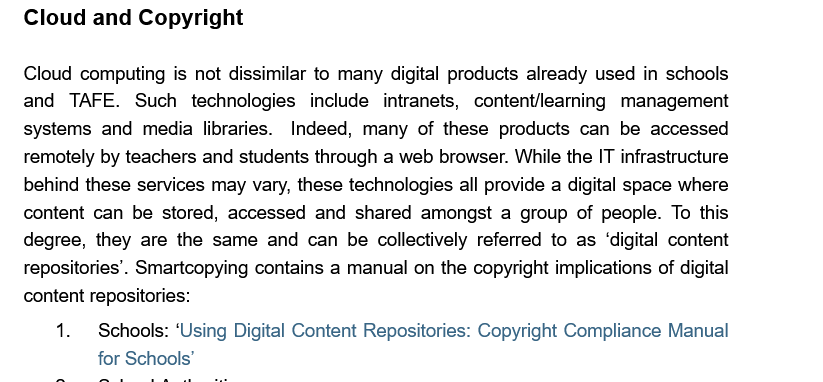
Cloud   and  Copyright
   Cloud computing is not dissimilar to many digital products already used in schools
   and  TAFE.  Such  technologies include intranets, content/learning management
   systems  and media  libraries. Indeed, many of these products can be accessed
   remotely by teachers and students through a web browser. While the IT infrastructure
   behind these services may vary, these technologies all provide a digital space where
   content can be stored, accessed and shared amongst  a group of people. To this
   degree, they are the same and  can be collectively referred to as ‘digital content
   repositories’. Smartcopying contains a manual on the copyright implications of digital
   content repositories:
     1.  Schools: ‘Using Digital Content Repositories: Copyright Compliance Manual
     for Schools’